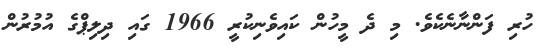
ހުރި ފަންނާނެކެވެ. މި ދެ މީހުން ކައިވެނިކުރީ 1966 ގައި ދިލިޕްގެ އުމުރުން